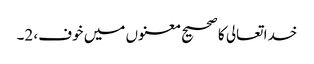
خدا تعالی کا صحیح معنوں میں خوف، 2۔